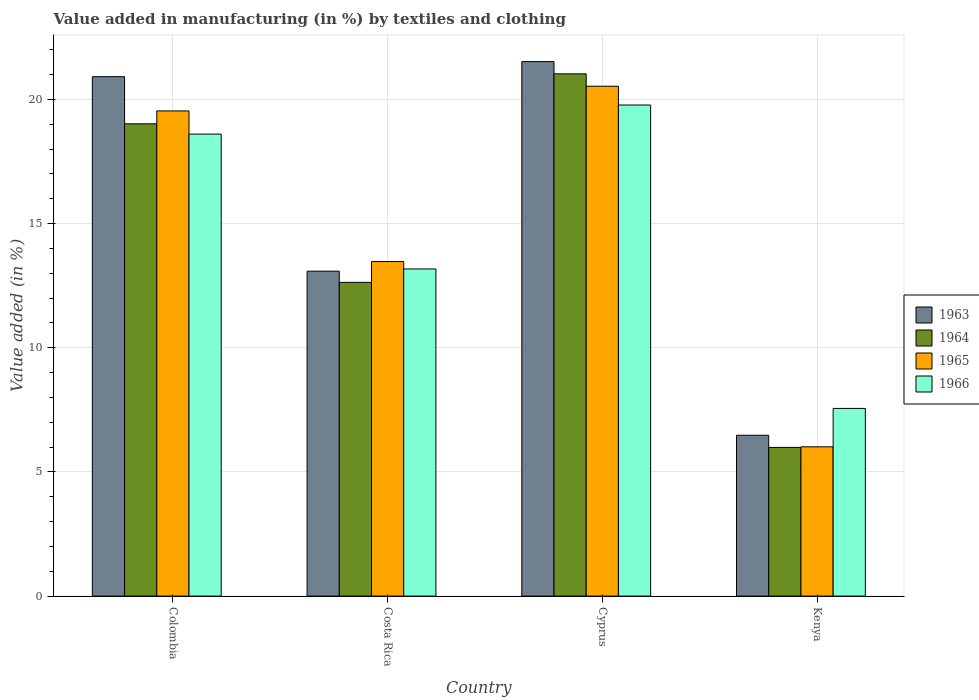
| Country | 1963 | 1964 | 1965 | 1966 |
 | --- | --- | --- | --- | --- |
 | Colombia | 20.9 | 19 | 19.5 | 18.6 |
 | Costa Rica | 13.1 | 12.6 | 13.5 | 13.2 |
 | Cyprus | 21.5 | 21 | 20.5 | 19.8 |
 | Kenya | 6.48 | 5.99 | 6.01 | 7.56 |